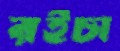
রইচা